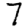
Digit: 7